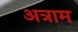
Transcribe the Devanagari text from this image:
अत्राम